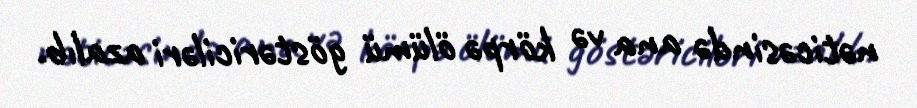
nəticəsində ana və körpə ölümü göstəriciləri azalıb.